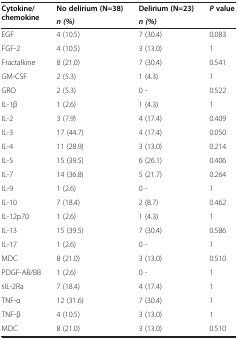
<table><thead><tr><td><b>Cytokine/chemokine</b></td><td><b>No delirium (N=38)</b></td><td><b>Delirium (N=23)</b></td><td><b><i>P </i>value</b></td></tr><tr><td><b> </b></td><td><b><i>n (%)</i></b></td><td><b><i>n (%)</i></b></td><td><b> </b></td></tr></thead><tbody><tr><td>EGF</td><td>4 (10.5)</td><td>7 (30.4)</td><td>0.083</td></tr><tr><td>FGF-2</td><td>4 (10.5)</td><td>3 (13.0)</td><td>1</td></tr><tr><td>Fractalkine</td><td>8 (21.0)</td><td>7 (30.4)</td><td>0.541</td></tr><tr><td>GM-CSF</td><td>2 (5.3)</td><td>1 (4.3)</td><td>1</td></tr><tr><td>GRO</td><td>2 (5.3)</td><td>0 -</td><td>0.522</td></tr><tr><td>IL-1β</td><td>1 (2.6)</td><td>1 (4.3)</td><td>1</td></tr><tr><td>IL-2</td><td>3 (7.9)</td><td>4 (17.4)</td><td>0.409</td></tr><tr><td>IL-3</td><td>17 (44.7)</td><td>4 (17.4)</td><td>0.050</td></tr><tr><td>IL-4</td><td>11 (28.9)</td><td>3 (13.0)</td><td>0.214</td></tr><tr><td>IL-5</td><td>15 (39.5)</td><td>6 (26.1)</td><td>0.406</td></tr><tr><td>IL-7</td><td>14 (36.8)</td><td>5 (21.7)</td><td>0.264</td></tr><tr><td>IL-9</td><td>1 (2.6)</td><td>0 -</td><td>1</td></tr><tr><td>IL-10</td><td>7 (18.4)</td><td>2 (8.7)</td><td>0.462</td></tr><tr><td>IL-12p70</td><td>1 (2.6)</td><td>1 (4.3)</td><td>1</td></tr><tr><td>IL-13</td><td>15 (39.5)</td><td>7 (30.4)</td><td>0.586</td></tr><tr><td>IL-17</td><td>1 (2.6)</td><td>0 -</td><td>1</td></tr><tr><td>MDC</td><td>8 (21.0)</td><td>3 (13.0)</td><td>0.510</td></tr><tr><td>PDGF-AB/BB</td><td>1 (2.6)</td><td>0 -</td><td>1</td></tr><tr><td>sIL-2Ra</td><td>7 (18.4)</td><td>4 (17.4)</td><td>1</td></tr><tr><td>TNF-α</td><td>12 (31.6)</td><td>7 (30.4)</td><td>1</td></tr><tr><td>TNF-β</td><td>4 (10.5)</td><td>3 (13.0)</td><td>1</td></tr><tr><td>MDC</td><td>8 (21.0)</td><td>3 (13.0)</td><td>0.510</td></tr></tbody></table>